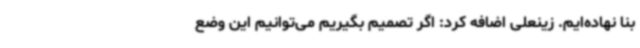
بنا نهاده‌ایم. زینعلی اضافه کرد: اگر تصمیم بگیریم می‌توانیم این وضع